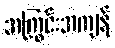
အကြွင်းအကျန်